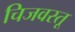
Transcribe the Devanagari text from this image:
चिजवस्तू